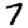
Digit: 7